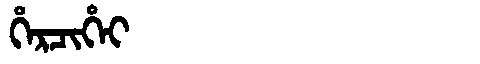
Manchu: ᡥᡝᡵᠴᡳᡥᡝᡳ
Romanization: HERCIHEI